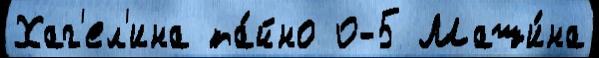
Хаг'ел'ина та́йно 0-5 Маши́на